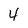
Character: 4